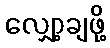
လျှော့ချဖို့